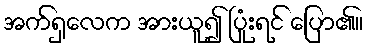
အက်ရှလေက အားယူ၍ ပြုံးရင် ပြော၏။